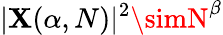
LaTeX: |\mathbf{X}(\alpha,N)|^{2}\simN^{\beta}